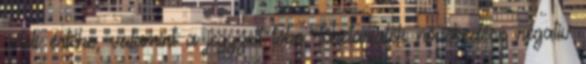
vételi értéke, valamint a jegyzett tőke, tőketartalék növekedése negatív